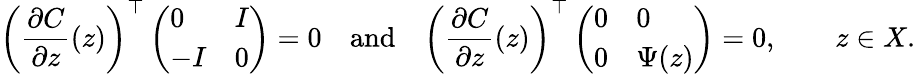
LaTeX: \left(\frac{\partial C}{\partial z}(z)\right)^{\top}\left(\begin{array}{ll}{0}&{I}\\ {-I}&{0}\end{array}\right)=0\quad\mathrm{and}\quad\left(\frac{\partial C}{\partial z}(z)\right)^{\top}\left(\begin{array}{ll}{0}&{0}\\ {0}&{\Psi(z)}\end{array}\right)=0,\qquad z\in X.